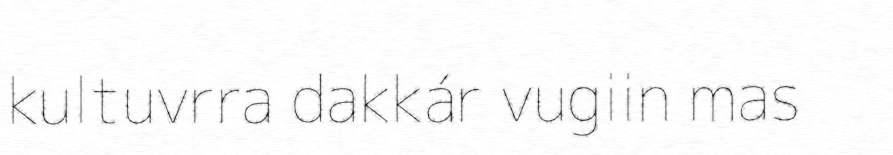
kultuvrra dakkár vugiin mas